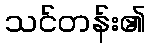
သင်တန်း၏